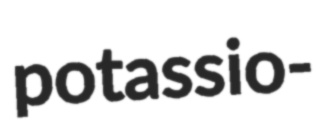
potassio-